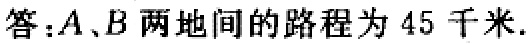
答：\(A\)、\(B\)两地间的路程为 \(45\) 千米.